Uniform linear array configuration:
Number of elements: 32
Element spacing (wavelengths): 0.75
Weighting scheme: blackman
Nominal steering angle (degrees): -45
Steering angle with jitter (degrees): -44.483
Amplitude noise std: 0.05
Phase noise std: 0.05

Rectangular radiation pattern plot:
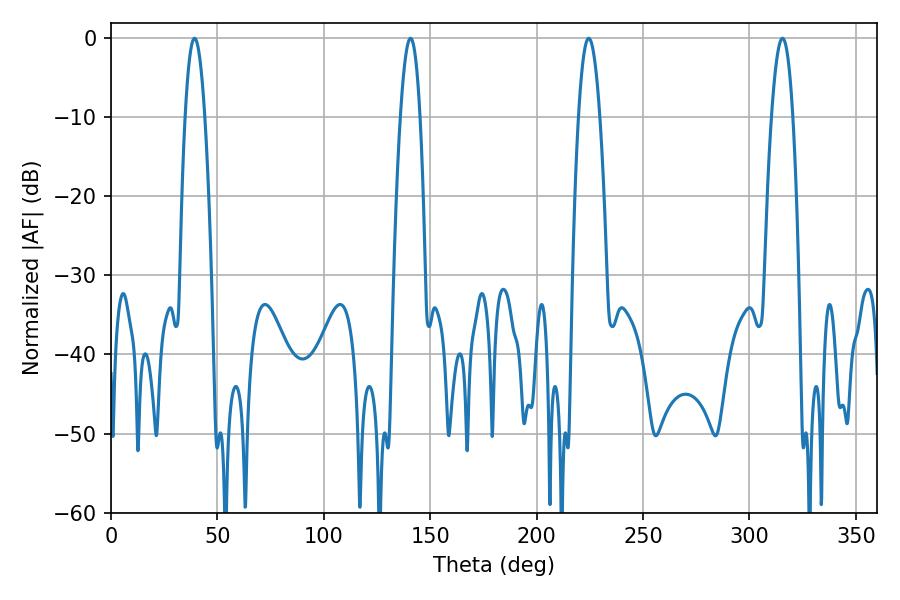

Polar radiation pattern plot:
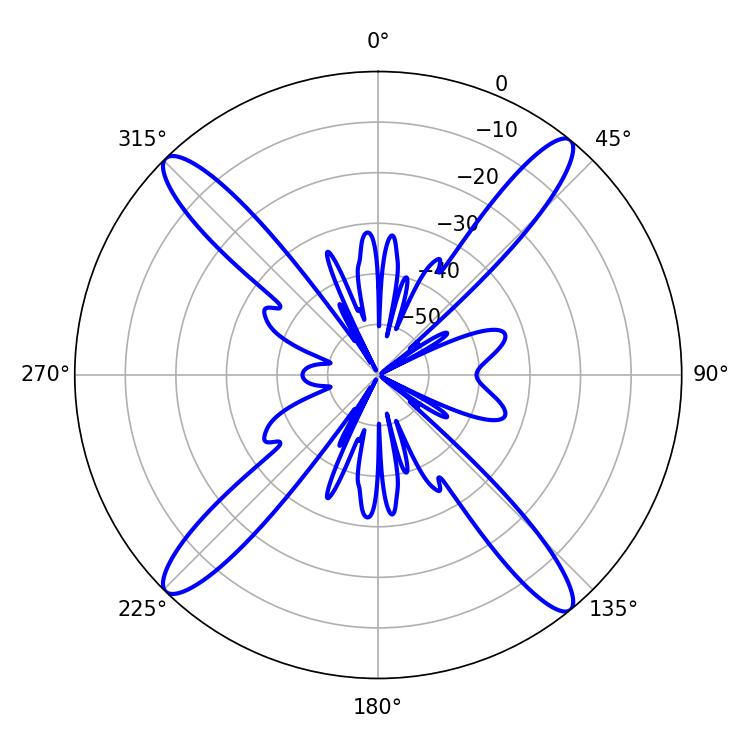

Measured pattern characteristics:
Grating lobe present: TRUE
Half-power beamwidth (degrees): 5.58
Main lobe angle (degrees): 224.46